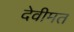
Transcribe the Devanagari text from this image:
देवीमत